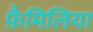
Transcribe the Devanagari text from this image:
फ़ैमिलिया